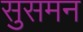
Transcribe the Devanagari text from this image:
सुसमन